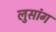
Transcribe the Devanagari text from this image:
लुसांग